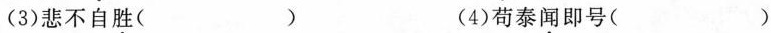
(3)悲不自胜( )(4)苟泰闻即号()